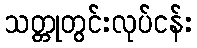
သတ္တုတွင်းလုပ်ငန်း